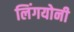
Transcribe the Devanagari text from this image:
लिंगयोनी